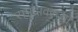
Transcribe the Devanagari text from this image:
समुद्रावरच्या